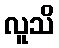
လူသိ